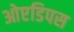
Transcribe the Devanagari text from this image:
ओएडिपस